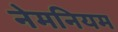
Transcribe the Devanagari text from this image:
नेमनियम